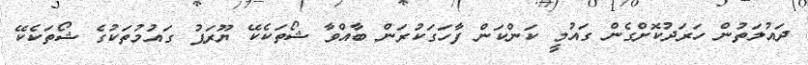
ދައުލަތުން ހަރަދުކޮށްގެން ގައުމީ ކަންކަން ފާހަގަކުރަން ބާއްވާ ޝޯތަކެކޭ ޔޫރަޕު ގައުމުތަކުގެ ޝޯތަކެކޭ